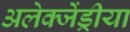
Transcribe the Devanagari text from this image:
अलेक्जेंड्रीया